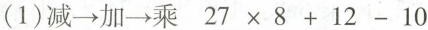
(1)减\rightarrow 加\rightarrow 乘 $$2 7 \times 8 + 1 2 - 1 0$$